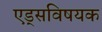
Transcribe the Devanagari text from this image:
एड्‌सविषयक